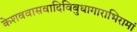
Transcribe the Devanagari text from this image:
केशववासवादिविबुधागाराभिरामां